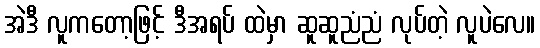
အဲဒီ လူကတော့ဖြင့် ဒီအရပ် ထဲမှာ ဆူဆူညံညံ လုပ်တဲ့ လူပဲလေ။